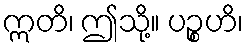
ဣတိ၊ ဤသို့။ ပဉ္စဟိ၊